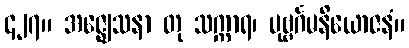
၄၂၇။ အဇ္ဈေသနာ တု သက္ကာရ၊ ပုဗ္ဗင်္ဂမနိယောဇနံ။